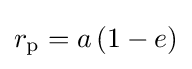
r_{\text{p}}=a\,(1-e)